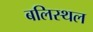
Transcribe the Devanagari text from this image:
बलिस्थल